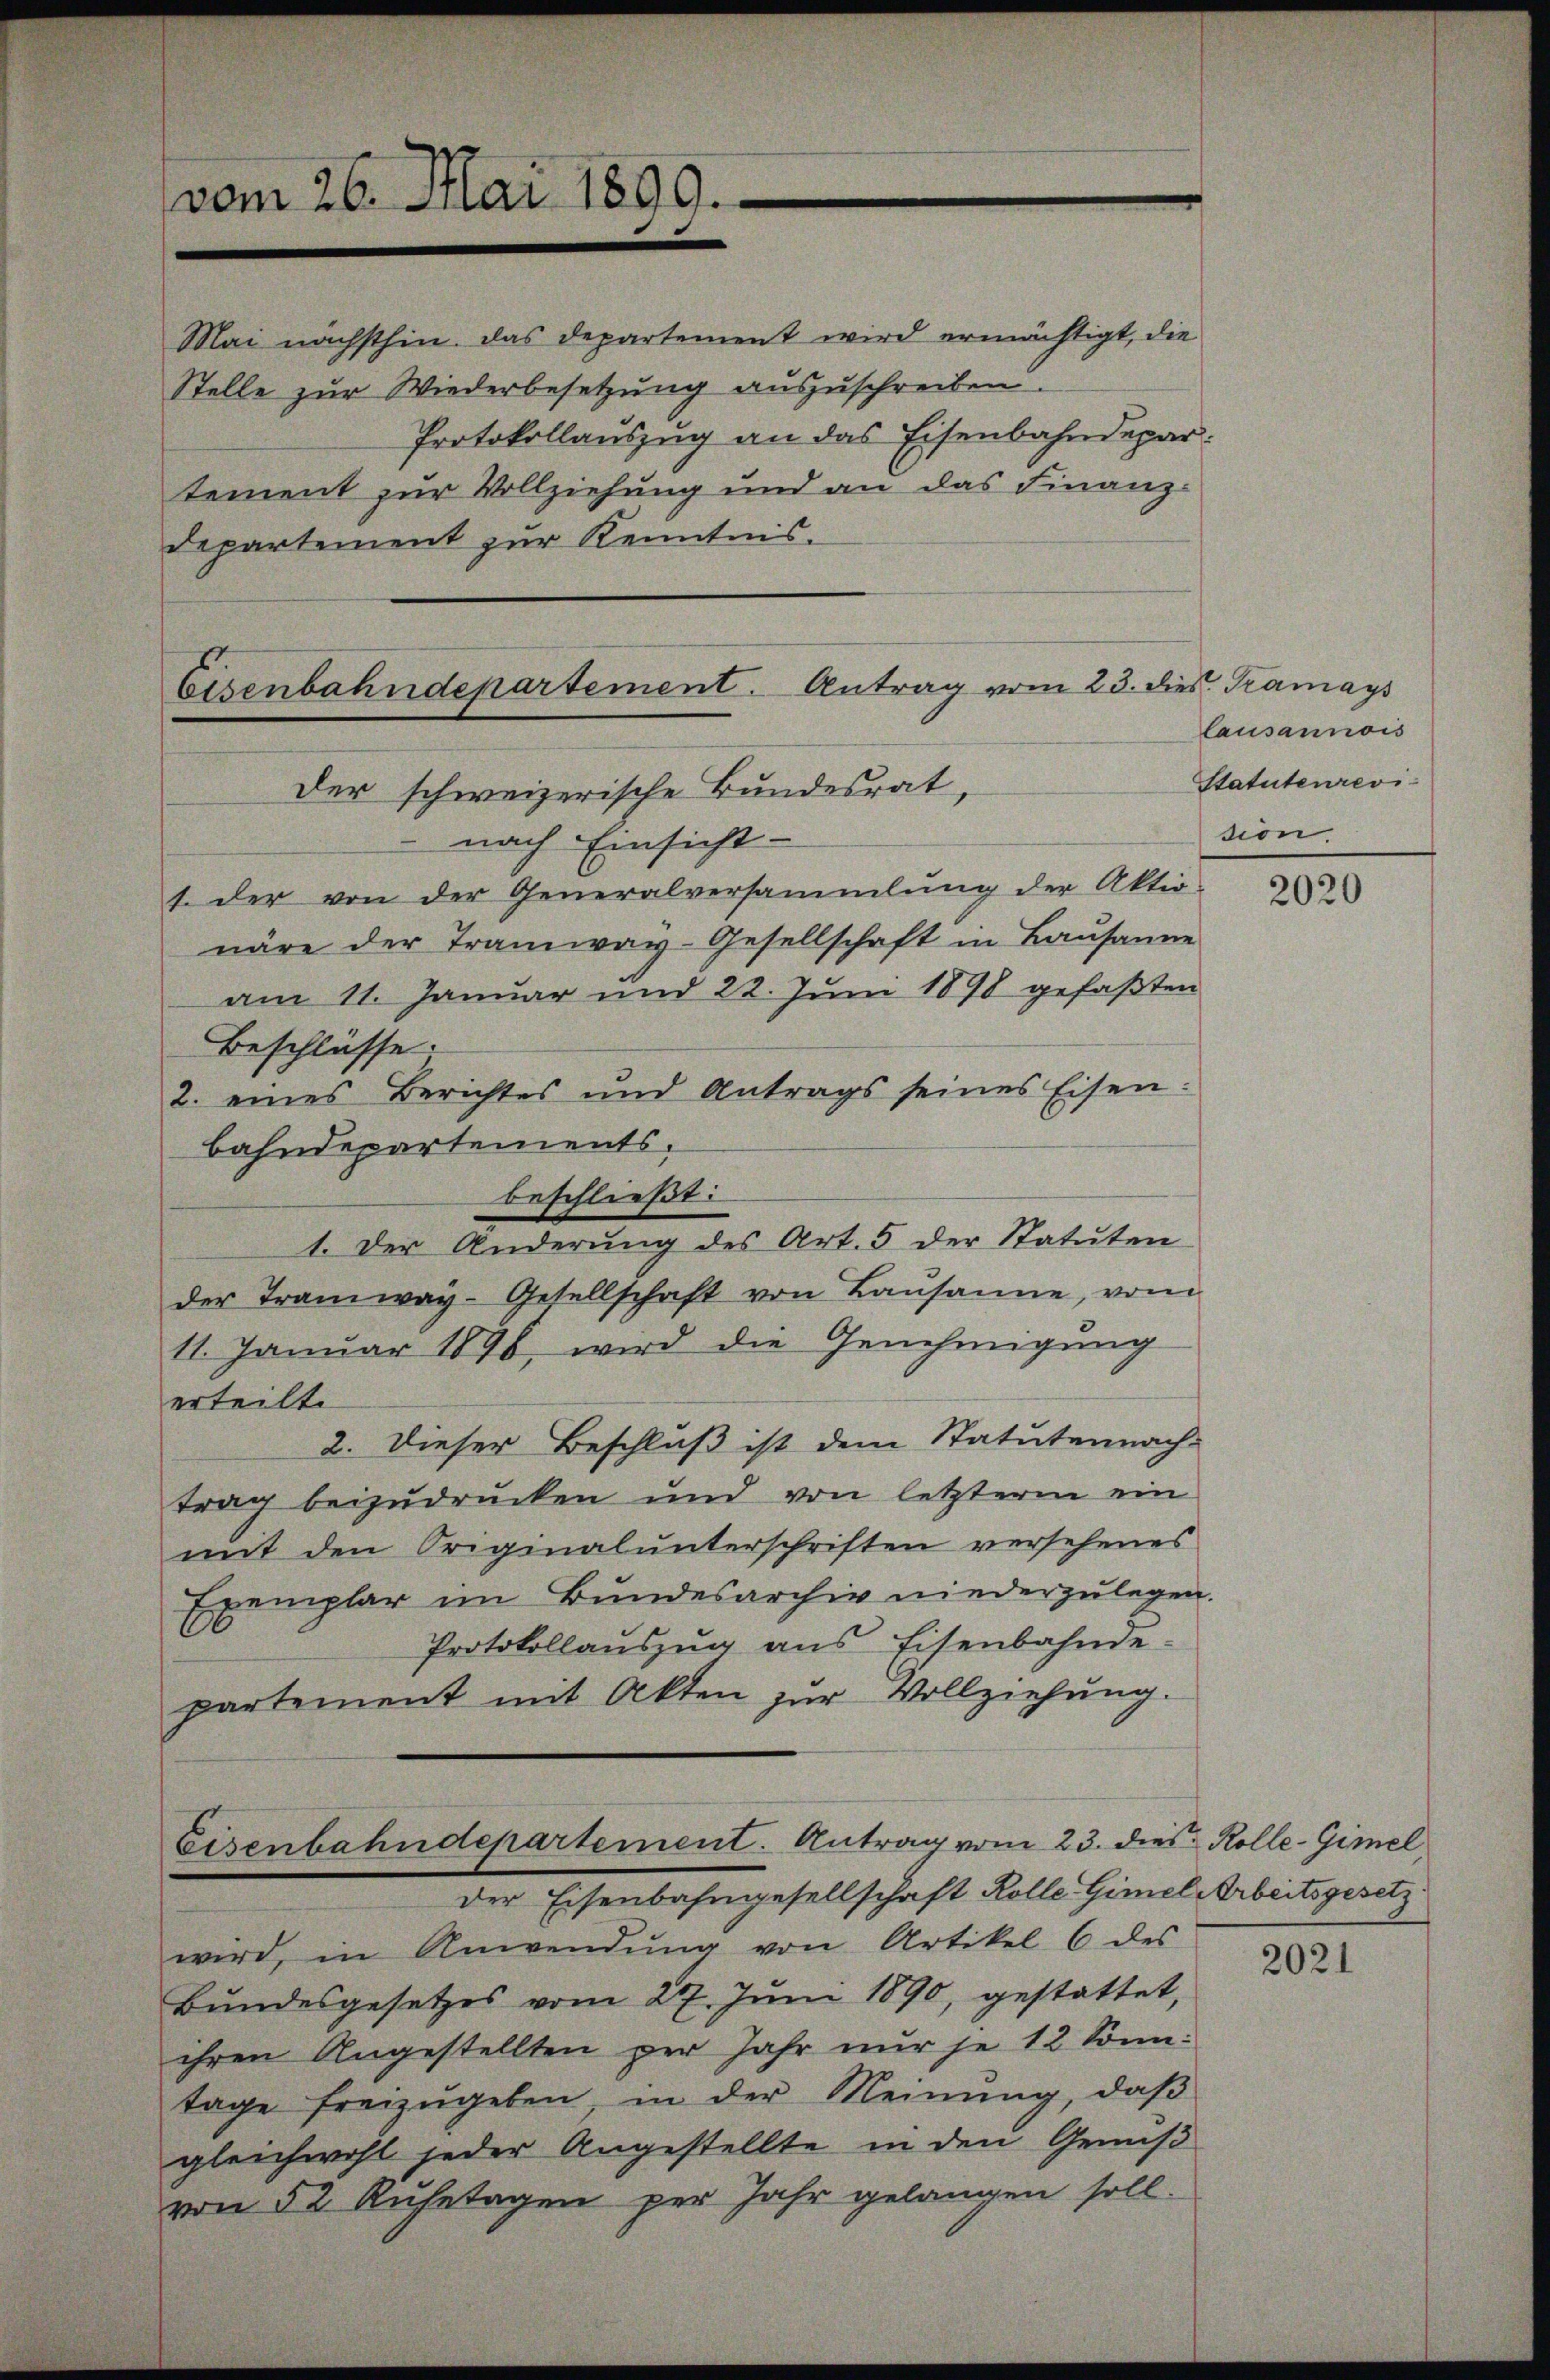
vom 26. Mai 1899.
e

Mai nächsthin. Das Departement wird ermächtigt, die
Stelle zur Wiederbesetzung auszuschreiben

Protokollauszug an das Eisenbahndepar
tement zur Vollziehung und an das Finanz-
Departement zur Kenntnis.

Eisenbahndepartement. Antrag vom 23. dies. Tramays
Der schweizerische Bundesrat,

nach Einsicht-
1. der von der Generalversammlung der Aktiv-
näre der Tramway-Gesellschaft in Bausanne
am 11. Januar und 22. Juni 1898 gefaßten
Beschlüsse.
2. eines Berichtes und Antrags seines Eisen.
bahndepartements.
beschließt:
1. Der Änderŭng des Art. 5 der Statŭten
der Tramway-Gesellschaft von Baŭsame, vom
11. Januar 1898 wird die Genehmigung
erteilte
2. Dieser Beschluß ist dem Statutennach-
trag beizudrucken und von letzteren ein
mit den Originalunterschriften versehenes
Exemplar im Bundesarchiv niederzulegen.
Protokollaŭszŭg ans Eisenbahnde.
partement mit Akten zur Vollziehung.
Eisenbahndepartement. Antrag vom 23. dies Kolle-Gimel
der Eisenbahngesellschaft Rolle Gimel Arbeitsgesetz
wird, in Anwendŭng von Artikel 6 des
Bundesgesetzes vom 27. Jŭni 1890, gestattet,
ihren Angestellten per Jahr nur je 12 Sonntage freizŭgeben, in der Meinung, daβ
gleichwohl jeder Angestellte in den Geniß
von 52 Ruhetagen per Jahr gelangen soll.

lausannois
Statutenrevision.

2020

2021